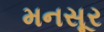
મનસૂર